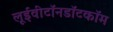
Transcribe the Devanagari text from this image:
लूईवीटॉनडॉटकॉम